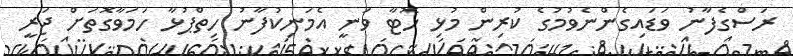
ރަސްގެފާނު ވަޑައިގެންނެވުމުގެ ކުރިން މުޅި ހޮޓާ ވަނީ އެމަނިކުފާނު ހިތްޕުޅާ ހަމަވާގޮތަށް ޖަރީ